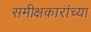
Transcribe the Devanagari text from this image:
समीक्षकारांच्या